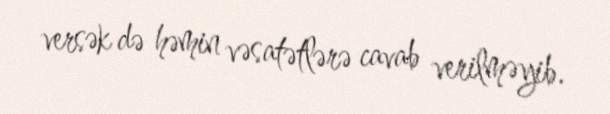
versək də həmin vəsatətlərə cavab verilməyib.